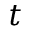
t